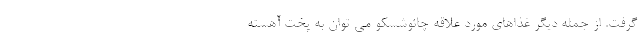
گرفت. از جمله دیگر غذاهای مورد علاقه چائوشِسکو می توان به پخت آهسته